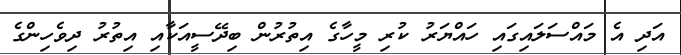
އަދި އެ މައްސަލައިގައި ހައްޔަރު ކުރި މީހާގެ އިތުރުން ބިދޭސީއަކާއި އިތުރު ދިވެހިންގެ